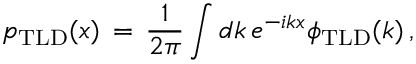
p _ { \mathrm { T L D } } ( x ) \, = \, \frac { 1 } { 2 \pi } \int d k \, e ^ { - i k x } \phi _ { \mathrm { T L D } } ( k ) \, ,